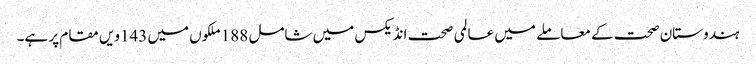
ہندوستان صحت کے معاملے میں عالمی صحت انڈیکس میں شامل 188ملکوں میں 143ویں مقام پر ہے۔